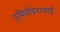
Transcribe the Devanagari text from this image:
पृथिवीधराचार्य